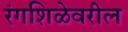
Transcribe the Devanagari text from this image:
रंगशिळेवरील